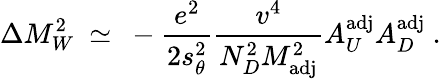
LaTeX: \Delta M_{W}^{2}\ \simeq\ -{\frac{e^{2}}{2s_{\theta}^{2}}}{\frac{v^{4}}{N_{D}^{2}M_{\mathrm{adj}}^{2}}}A_{U}^{\mathrm{adj}}A_{D}^{\mathrm{adj}}\ .